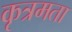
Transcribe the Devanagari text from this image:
कृत्रमता